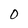
Character: O